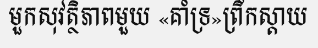
មួកសុវត្ថិភាពមួយ «គាំទ្រ»ព្រឹកស្តាយ